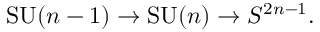
\mathrm { S U } ( n - 1 ) \to \mathrm { S U } ( n ) \to S ^ { 2 n - 1 } .